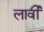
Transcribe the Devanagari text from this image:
लार्वी